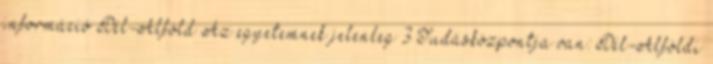
információ Dél-Alföld Az egyetemnek jelenleg 3 Tudásközpontja van: Dél-Alföldi